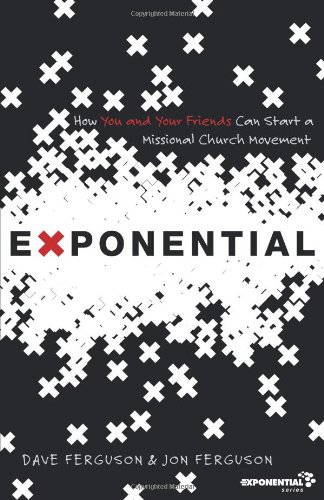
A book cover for Exponential: How You and Your Friends Can Start a Missional Church Movement (Exponential Series); Dave Ferguson; Christian Books & Bibles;